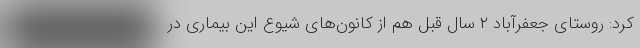
کرد: روستای جعفرآباد ۲ سال قبل هم از کانون‌های شیوع این بیماری در